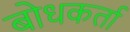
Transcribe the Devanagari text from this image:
बोधकर्ता